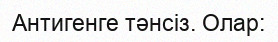
Антигенге тәнсіз. Олар: